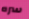
سره